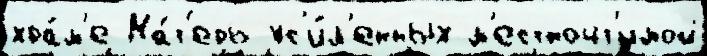
хра́м'е Ма́т'ерь ус'и́л'енных м'естночт'имой